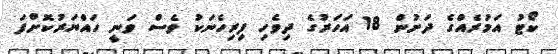
ކޯޓު އަމުރެއްގެ ދަށުން 18 އަހަރުގެ ދިވެހި ފިރިހެނަކު ވެސް ވަނީ ހައްޔަރުކޮށްފަ